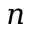
n